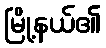
မြို့နယ်၏